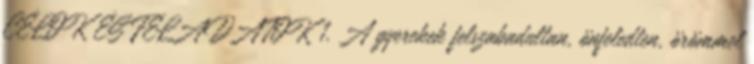
CÉLOK ÉS FELADATOK 1. A gyerekek felszabadultan, önfeledten, örömmel